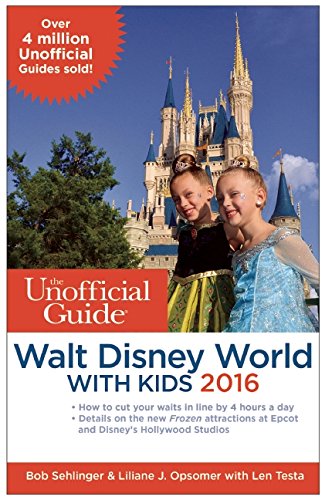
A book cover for The Unofficial Guide to Walt Disney World with Kids 2016; Bob Sehlinger; Parenting & Relationships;